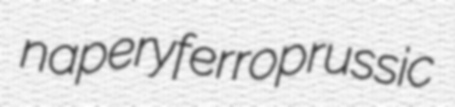
napery ferroprussic